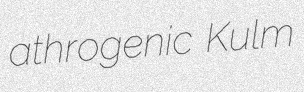
athrogenic Kulm